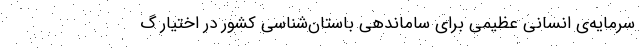
سرمایه‌ی انسانی عظیمی برای ساماندهی باستان‌شناسی کشور در اختیار گ